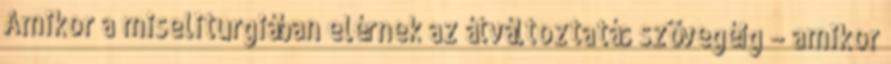
Amikor a miseliturgiában elérnek az átváltoztatás szövegéig – amikor